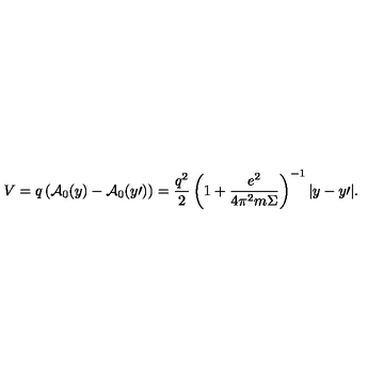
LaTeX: V = q \left( { { \cal A } _ { 0 } ( y ) - { \cal A } _ { 0 } ( y { \prime } ) } \right) = \frac { { q ^ { 2 } } } { 2 } \left( { 1 + \frac { { e ^ { 2 } } } { { 4 \pi ^ { 2 } m \Sigma } } } \right) ^ { - 1 } | y - y { \prime } | .